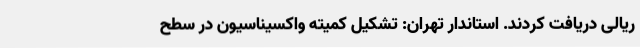
ریالی دریافت کردند. استاندار تهران: تشکیل کمیته واکسیناسیون در سطح